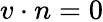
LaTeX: v\cdot n=0